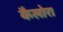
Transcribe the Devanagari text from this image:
कैलोरा